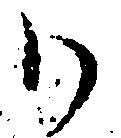
ハ